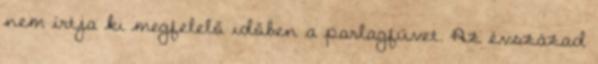
nem írtja ki megfelelő időben a parlagfüvet. Az évszázad